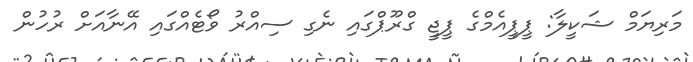
މަރިޔަމް ޝަކީލާ: ޕީޕީއެމްގެ ޕީޖީ ގްރޫޕްގައި ނެގި ސިއްރު ވޯޓެއްގައި އޭނާއަށް ރުހުން